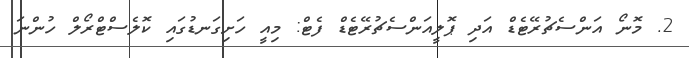
2. މޮނޯ އަންސެޗުރޭޓެޑް އަދި ޕޮލީއަންސެޗުރޭޓެޑް ފެޓް: މިއީ ހަށިގަނޑުގައި ކޮލެސްޓްރޯލް ހުންނަ